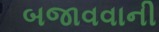
બજાવવાની